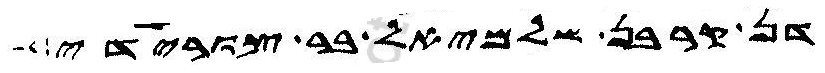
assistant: דן קרבן שלמיאל בר צורישדי